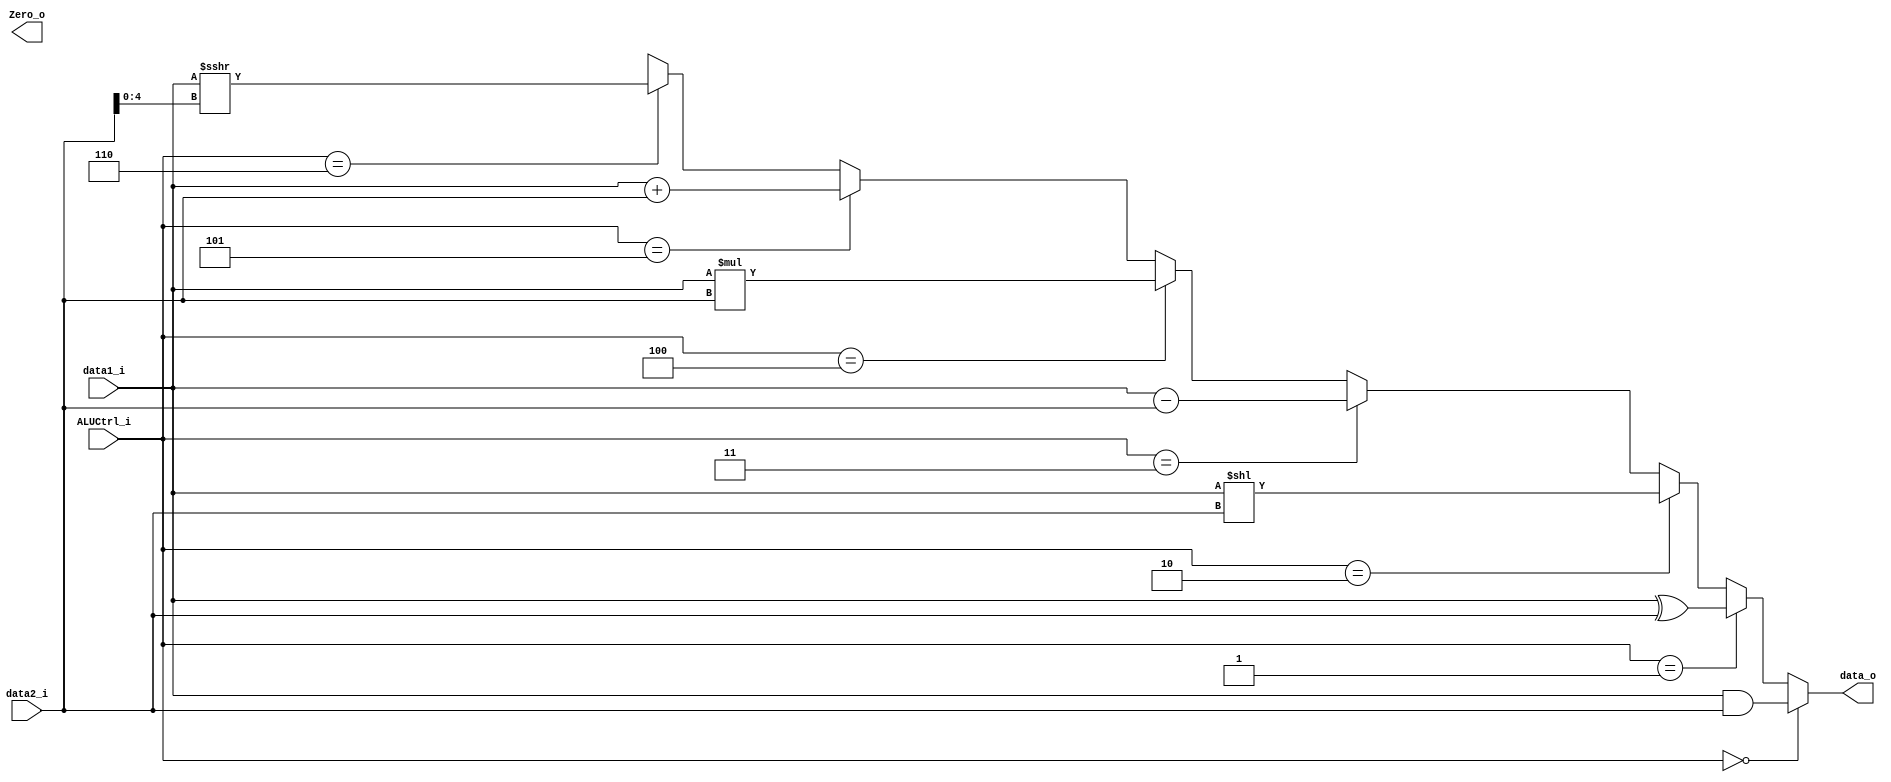
module ALU
(
    data1_i,
    data2_i,
    ALUCtrl_i,
    data_o,
    Zero_o
);

// Ports
input   [31:0]       data1_i;
input   [31:0]       data2_i;
input   [2:0]        ALUCtrl_i;
output  [31:0]       data_o;
output               Zero_o;

assign data_o = (ALUCtrl_i == 3'b000) ? data1_i &   data2_i: // and
                (ALUCtrl_i == 3'b001) ? data1_i ^   data2_i: // xor
                (ALUCtrl_i == 3'b010) ? data1_i <<  data2_i: // sll
                (ALUCtrl_i == 3'b011) ? data1_i -   data2_i: // sub
                (ALUCtrl_i == 3'b100) ? data1_i *   data2_i: // mul
                (ALUCtrl_i == 3'b101) ? data1_i +   data2_i: // add
                (ALUCtrl_i == 3'b110) ? $signed($signed(data1_i) >>> data2_i[4:0]): // sra
                32'bx;

endmodule